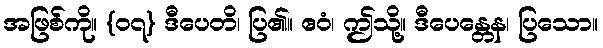
အဖြစ်ကို။ {၀၇} ဒီပေတိ၊ ပြ၏။ ဧဝံ၊ ဤသို့။ ဒီပေန္တေန၊ ပြသော။